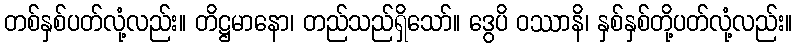
တစ်နှစ်ပတ်လုံ့လည်း။ တိဋ္ဌမာနော၊ တည်သည်ရှိသော်။ ဒွေပိ ဝဿာနိ၊ နှစ်နှစ်တို့ပတ်လုံ့လည်း။